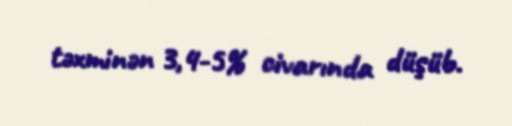
təxminən 3,4-5% civarında düşüb.